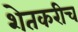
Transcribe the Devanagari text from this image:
शेतकरीच